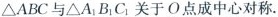
△ABC与△A_{1}B_{1}C_{1}。关于O点成中心对称。